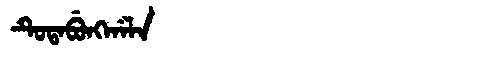
Manchu: ᡨᡠᡨᠠᠪᡠᠩᡤᠠᠯᠠ
Romanization: TUTABUNGGALA